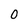
Character: 0